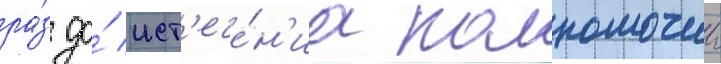
ра́з до́ ист'ече́н'иа полномочии